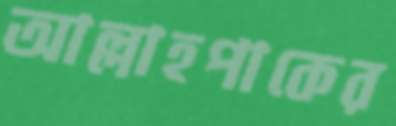
আল্লাহপাকের